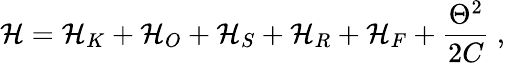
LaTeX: \mathcal{H}=\mathcal{H}_{K}+\mathcal{H}_{O}+\mathcal{H}_{S}+\mathcal{H}_{R}+\mathcal{H}_{F}+\frac{\Theta^{2}}{2C}\ ,